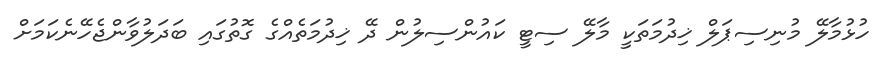
ހުޅުމާލޭ މުނިސިޕަލް ޚިދުމަތަކީ މާލޭ ސިޓީ ކައުންސިލުން ދޭ ޚިދުމަތެއްގެ ގޮތުގައި ބަދަލުވާންޖެހޭނެކަމަށް